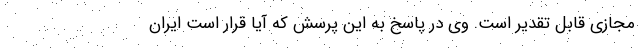
مجازی قابل تقدیر است. وی در پاسخ به این پرسش که آیا قرار است ایران